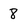
Character: 8